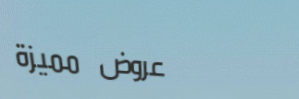
عروض مميزة